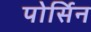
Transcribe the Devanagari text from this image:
पोर्सिन